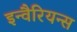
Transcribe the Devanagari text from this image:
इन्वैरियन्स